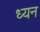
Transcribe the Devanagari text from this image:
ध्यन